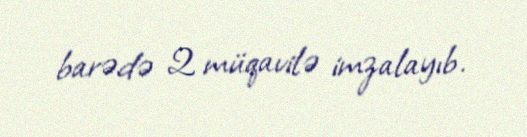
barədə 2 müqavilə imzalayıb.